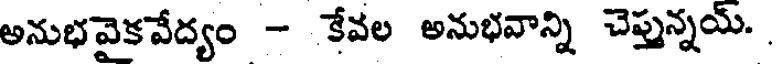
అనుభవైకవేద్యం - కేవల అనుభవాన్ని చెప్తున్నయ్.